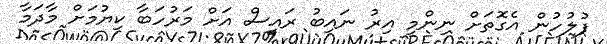
ފުލުހުން އެގޮތަށް ނިންމި އިރު ނައިބު ރައީސް އަށް މަރުހަބާ ކިޔުމަށް މާދަމާ